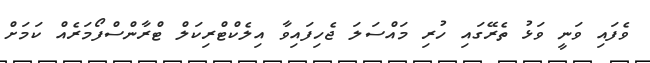
ވެފައި ވަނީ ވަޅު ތެރޭގައި ހުރި މައްސަލަ ޖެހިފައިވާ އިލެކްޓްރިކަލް ޓްރާންސްފޯމަރެއް ކަމަށް